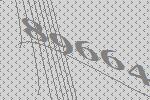
89664